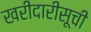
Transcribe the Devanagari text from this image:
खरीदारीसूची